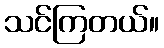
သင်ကြတယ်။